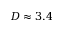
D \approx 3 . 4